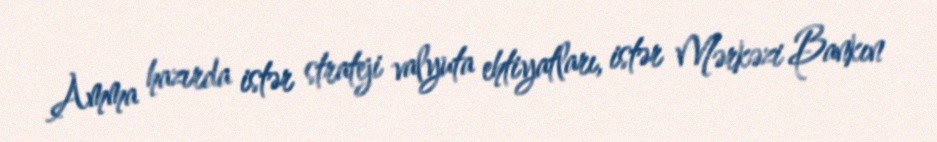
Amma hazırda istər strateji valyuta ehtiyatları, istər Mərkəzi Bankın